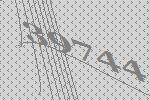
39744